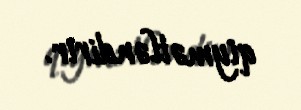
qiymətləndirir.